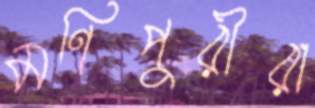
মণিপুরীরা